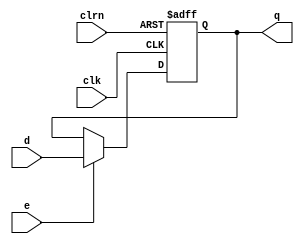
/**
 * 32-bit D Flip-flop with enable port
 *
 * clrn: Clear on low
 */
module dffe32(
   input [31:0] d,
   input clk,
   input clrn,
   input e,
   output reg [31:0] q
);
   always @ (negedge clrn or posedge clk)
      if (clrn == 0)
         q <= 0;
      else if (e)
         q <= d;
endmodule